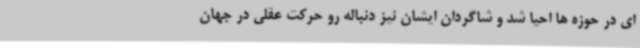
ای در حوزه ها احیا شد و شاگردان ایشان نیز دنباله رو حرکت عقلی در جهان